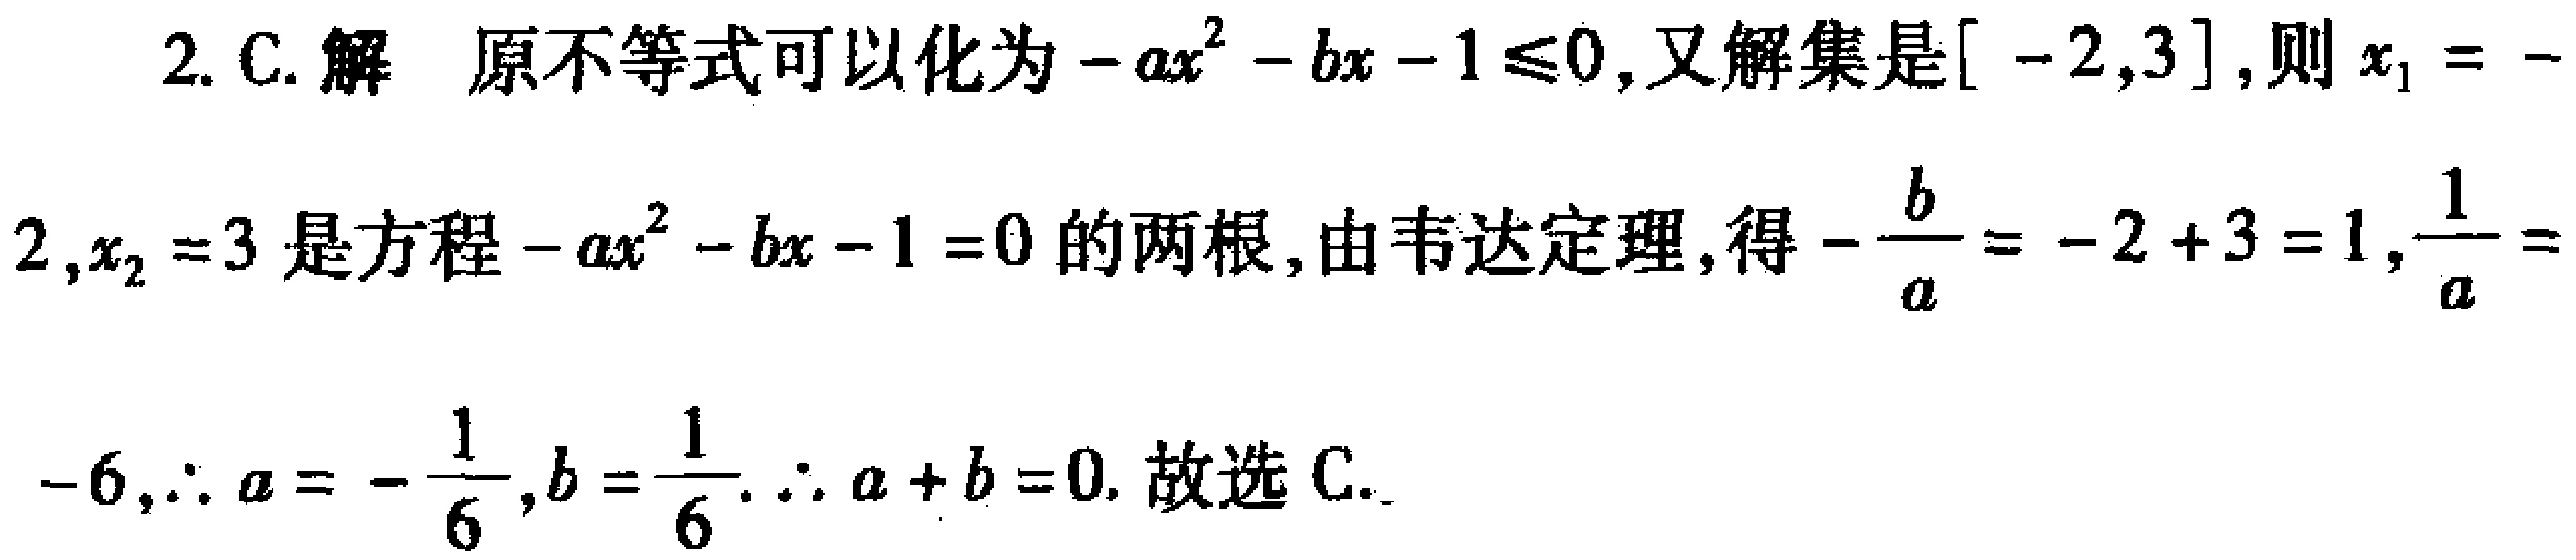
2. C. 解 原不等式可以化为\(-ax^{2}-bx - 1\leqslant0\)，又解集是\([ - 2,3]\)，则\(x_{1}=-2,x_{2}=3\)是方程\(-ax^{2}-bx - 1 = 0\)的两根，由韦达定理，得\(-\frac{b}{a}=-2 + 3 = 1\)，\(\frac{1}{a}=-6\)，\(\therefore a=-\frac{1}{6}\)，\(b=\frac{1}{6}\). \(\therefore a + b = 0\). 故选 C.